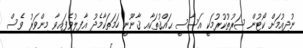
ނުދިއުމަށް ކޯޓުން ޝަރުތުކުރުމަކީ އަސާސީ ޙައްޤުތަކާއި ޤާނޫނީ ހަމަތަކާމެދު ޣާފިލުވެފައިވާ މިންވަރު ވެސް